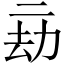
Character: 𠄳